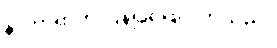
နာတာရှာက ပြန်၍ဖြေလိုက်သည်။